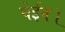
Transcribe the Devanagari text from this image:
घेईन।